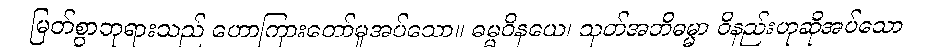
မြတ်စွာဘုရားသည် ဟောကြားတော်မူအပ်သော။ ဓမ္မဝိနယေ၊ သုတ်အဘိဓမ္မာ ဝိနည်းဟုဆိုအပ်သော